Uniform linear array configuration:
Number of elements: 32
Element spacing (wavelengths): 0.25
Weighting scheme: hamming
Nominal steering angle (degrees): -45
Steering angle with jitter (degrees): -44.574
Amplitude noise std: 0.05
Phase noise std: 0.05

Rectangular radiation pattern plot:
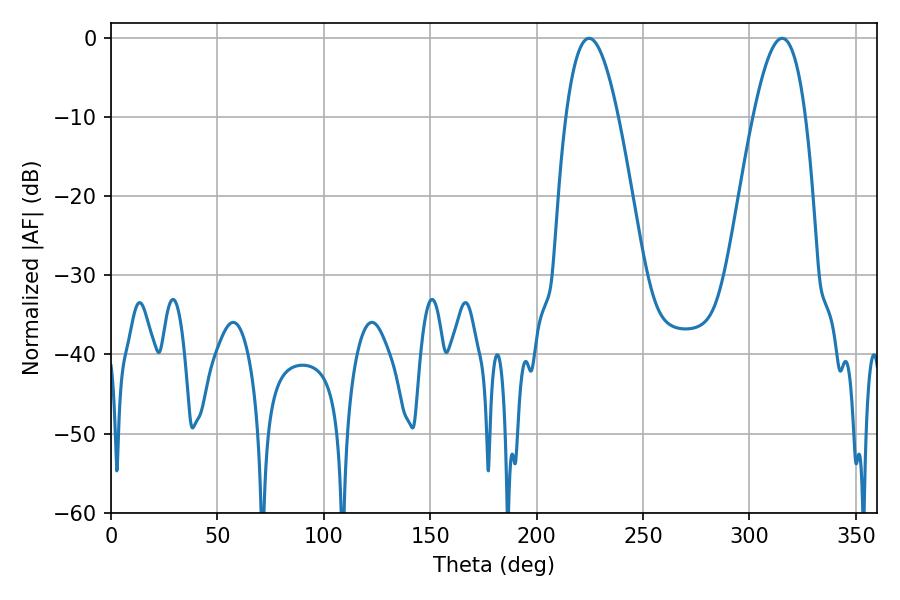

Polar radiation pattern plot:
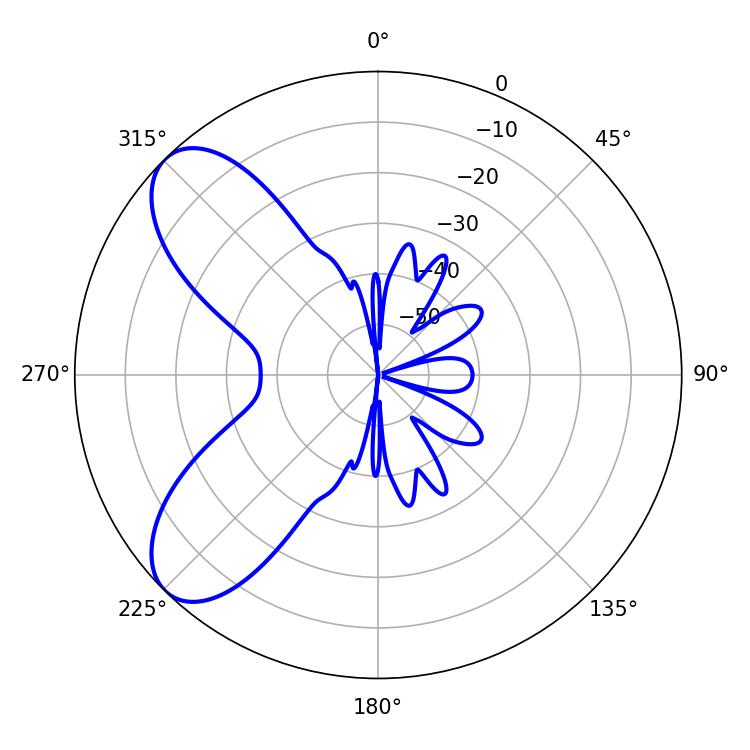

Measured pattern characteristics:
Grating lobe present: FALSE
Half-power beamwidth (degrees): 13.5
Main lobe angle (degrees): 224.64